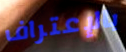
بالإعتراف